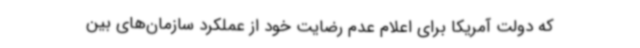
که دولت آمریکا برای اعلام عدم رضایت خود از عملکرد سازمان‌های بین‌